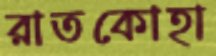
রাতকোহা